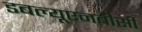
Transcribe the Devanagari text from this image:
डबल्यूएनबीसी